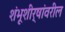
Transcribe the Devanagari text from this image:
शंभूशीर्षांवरील